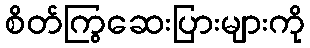
စိတ်ကြွဆေးပြားများကို